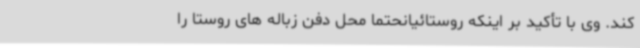
کند. وی با تأکید بر اینکه روستائیانحتماً محل دفن زباله های روستا را